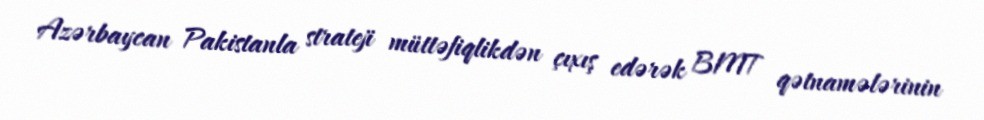
Azərbaycan Pakistanla strateji müttəfiqlikdən çıxış edərək BMT qətnamələrinin